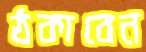
ঠকাবেন